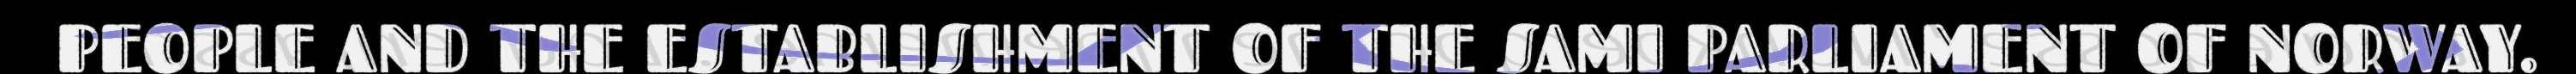
PEOPLE AND THE ESTABLISHMENT OF THE SAMI PARLIAMENT OF NORWAY.